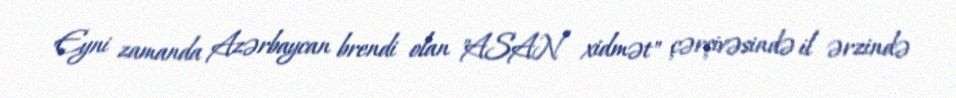
Eyni zamanda Azərbaycan brendi olan "ASAN xidmət" çərçivəsində il ərzində